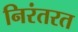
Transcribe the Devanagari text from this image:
निरंतरत